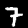
Digit: 7